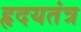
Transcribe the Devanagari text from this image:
हृदयतंत्र